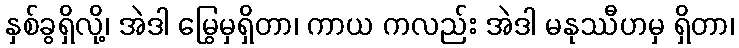
နှစ်ခွရှိလို့၊ အဲဒါ မြွေမှရှိတာ၊ ကာယ ကလည်း အဲဒါ မနုဿီဟမှ ရှိတာ၊